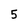
Character: 5